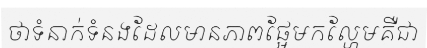
ថាទំនាក់ទំនងដែលមានភាពផ្អែមកល្ហែមគឺជា